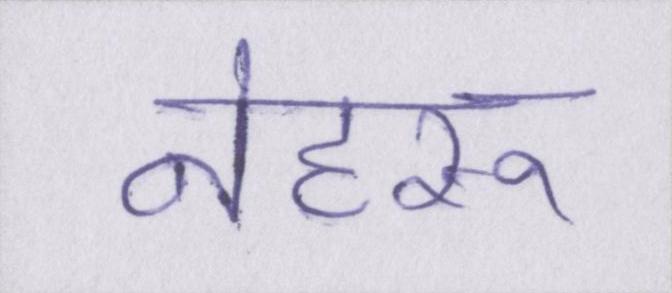
नेहरू